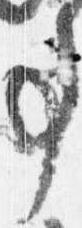
事